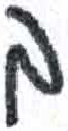
אות: ב